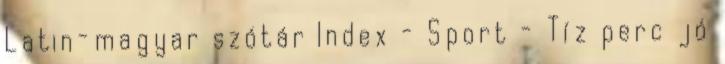
Latin-magyar szótár Index - Sport - Tíz perc jó